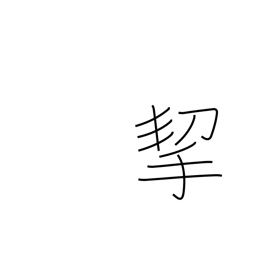
Meaning: carry by hand